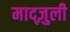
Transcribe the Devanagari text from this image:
माद्ज़ुली